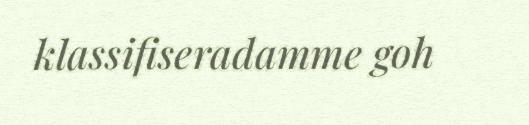
klassifiseradamme goh